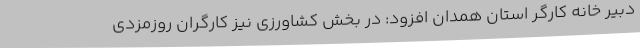
دبیر خانه کارگر استان همدان افزود: در بخش کشاورزی نیز کارگران روزمزدی